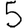
Digit: 5